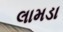
લામડા